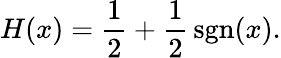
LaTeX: H(x)={\frac{1}{2}}+{\frac{1}{2}}\operatorname{sgn}(x).